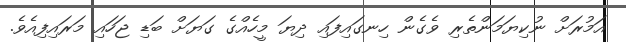
އަމުރަށް ނުކިޔަމަންތެރި ވެގެން ހިނގައިފައި ދިޔަ މީހެއްގެ ގަޔަށް ބަޑި ޖަހައި މަރައިފިއެވެ.